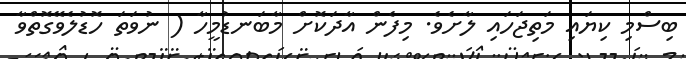
ބިސްމި ކިޔައި މަތިޖަހައި ލާށެވެ. މިފެން އާދަކޮށް މާބަނޑުމީހާ ( ނުވަތަ ހޮޑުލެވޭގޮތްވާ